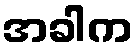
အခါက